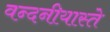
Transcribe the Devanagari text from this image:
वन्दनीयास्ते